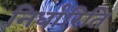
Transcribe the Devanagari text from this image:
निर्धारिति